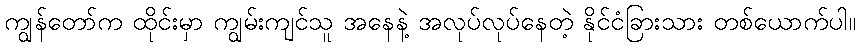
ကျွန်တော်က ထိုင်းမှာ ကျွမ်းကျင်သူ အနေနဲ့ အလုပ်လုပ်နေတဲ့ နိုင်ငံခြားသား တစ်ယောက်ပါ။